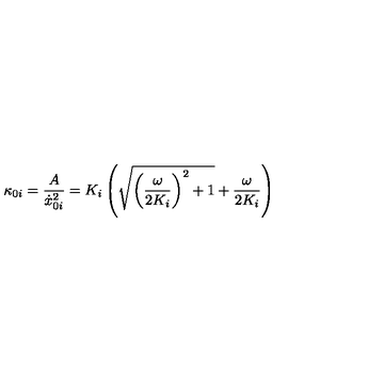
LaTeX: \kappa _ { 0 i } = \frac { A } { \dot { x } _ { 0 i } ^ { 2 } } = K _ { i } \left( \sqrt { { \left( \frac { \omega } { 2 K _ { i } } \right) } ^ { 2 } + 1 } + \frac { \omega } { 2 K _ { i } } \right)